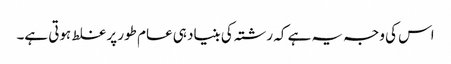
اس کی وجہ یہ ہے کہ رشتہ کی بنیاد ہی عام طور پر غلط ہوتی ہے۔